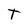
Character: T